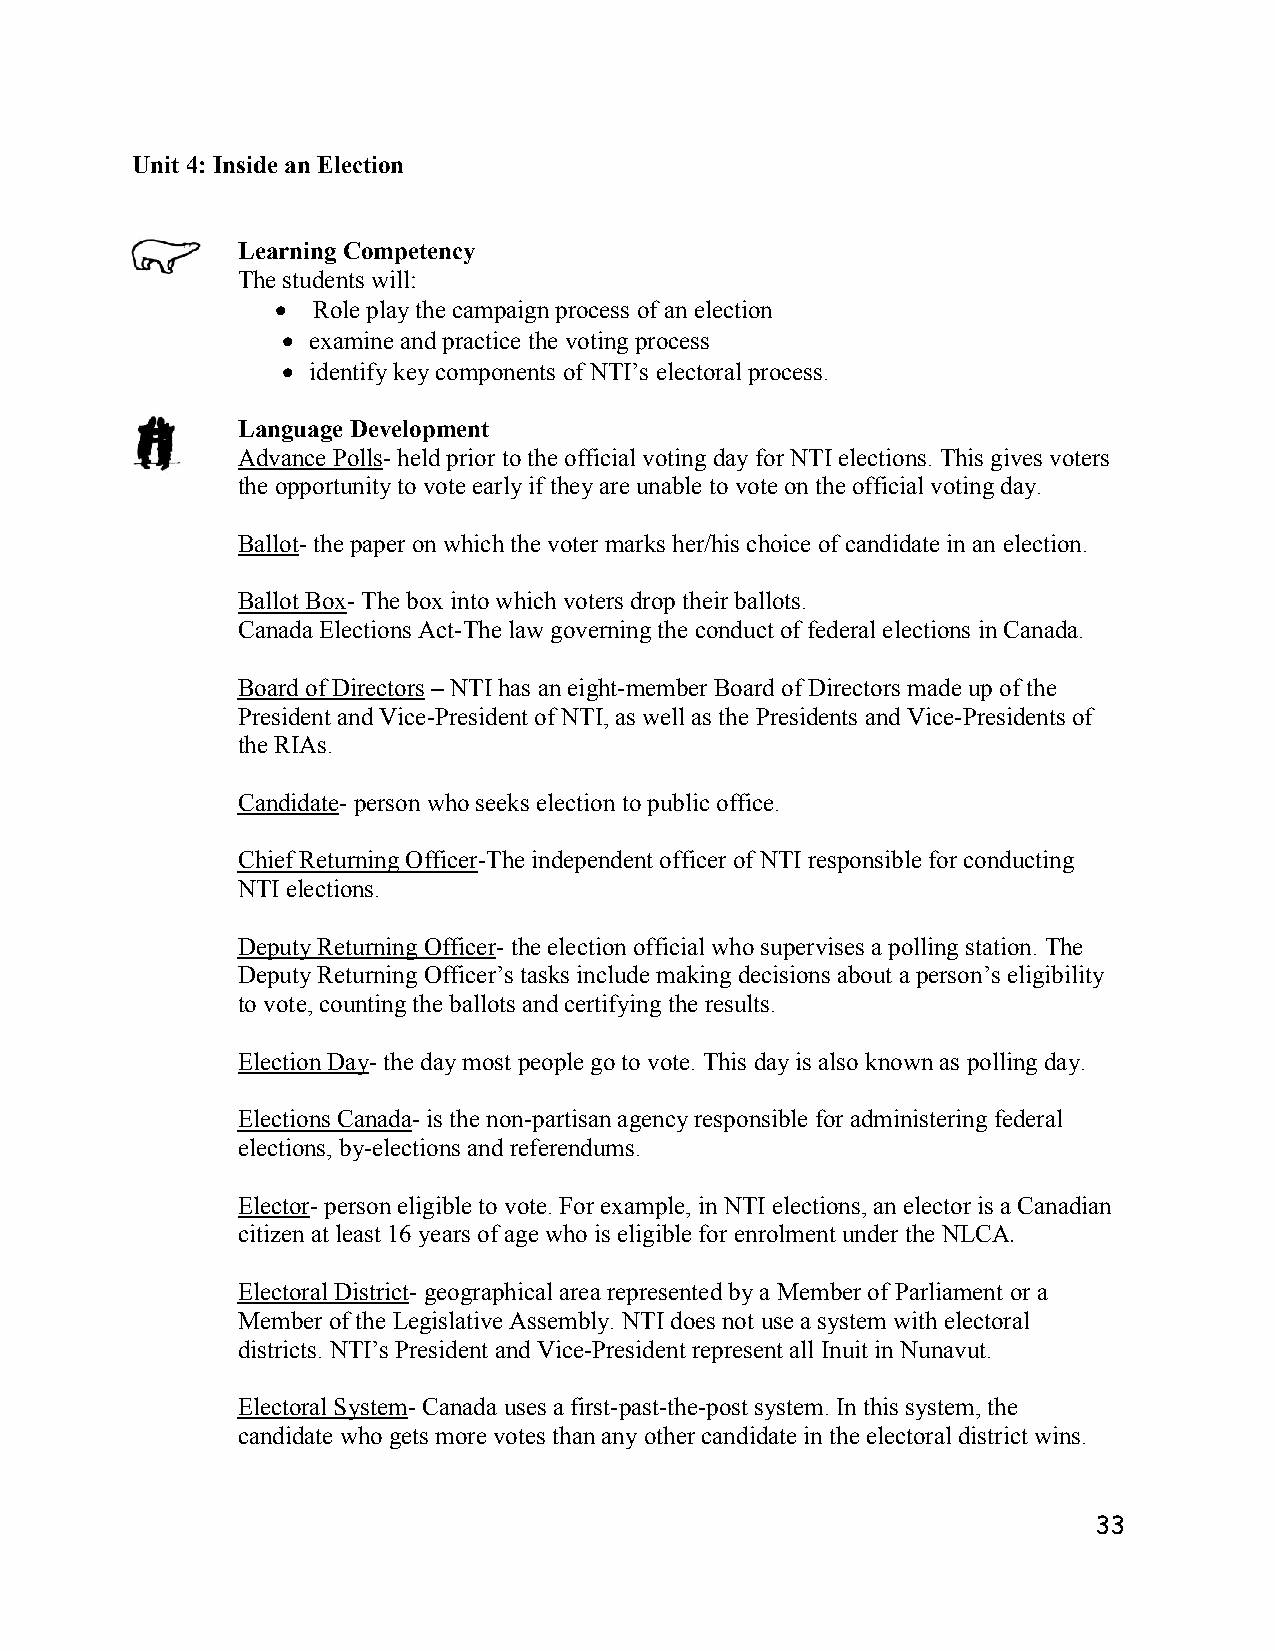
Unit 4: Inside an Election
 Learning Competency
 The students will:
   Role play the campaign process of an election
  examine and practice the voting process
  identify key components of NTI’s electoral process.
 Language Development
 Advance Polls- held prior to the official voting day for NTI elections. This gives voters
 the opportunity to vote early if they are unable to vote on the official voting day.
 Ballot- the paper on which the voter marks her/his choice of candidate in an election.
 Ballot Box- The box into which voters drop their ballots.
 Canada Elections Act-The law governing the conduct of federal elections in Canada.
 Board of Directors – NTI has an eight-member Board of Directors made up of the
 President and Vice-President of NTI, as well as the Presidents and Vice-Presidents of
 the RIAs.
 Candidate- person who seeks election to public office.
 Chief Returning Officer-The independent officer of NTI responsible for conducting
 NTI elections.
 Deputy Returning Officer- the election official who supervises a polling station. The
 Deputy Returning Officer’s tasks include making decisions about a person’s eligibility
 to vote, counting the ballots and certifying the results.
 Election Day- the day most people go to vote. This day is also known as polling day.
 Elections Canada- is the non-partisan agency responsible for administering federal
 elections, by-elections and referendums.
 Elector- person eligible to vote. For example, in NTI elections, an elector is a Canadian
 citizen at least 16 years of age who is eligible for enrolment under the NLCA.
 Electoral District- geographical area represented by a Member of Parliament or a
 Member of the Legislative Assembly. NTI does not use a system with electoral
 districts. NTI’s President and Vice-President represent all Inuit in Nunavut.
 Electoral System- Canada uses a first-past-the-post system. In this system, the
 candidate who gets more votes than any other candidate in the electoral district wins.
 33